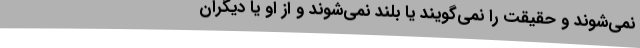
نمی‌شوند و حقیقت را نمی‌گویند یا بلند نمی‌شوند و از او یا دیگران